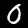
Digit: 0